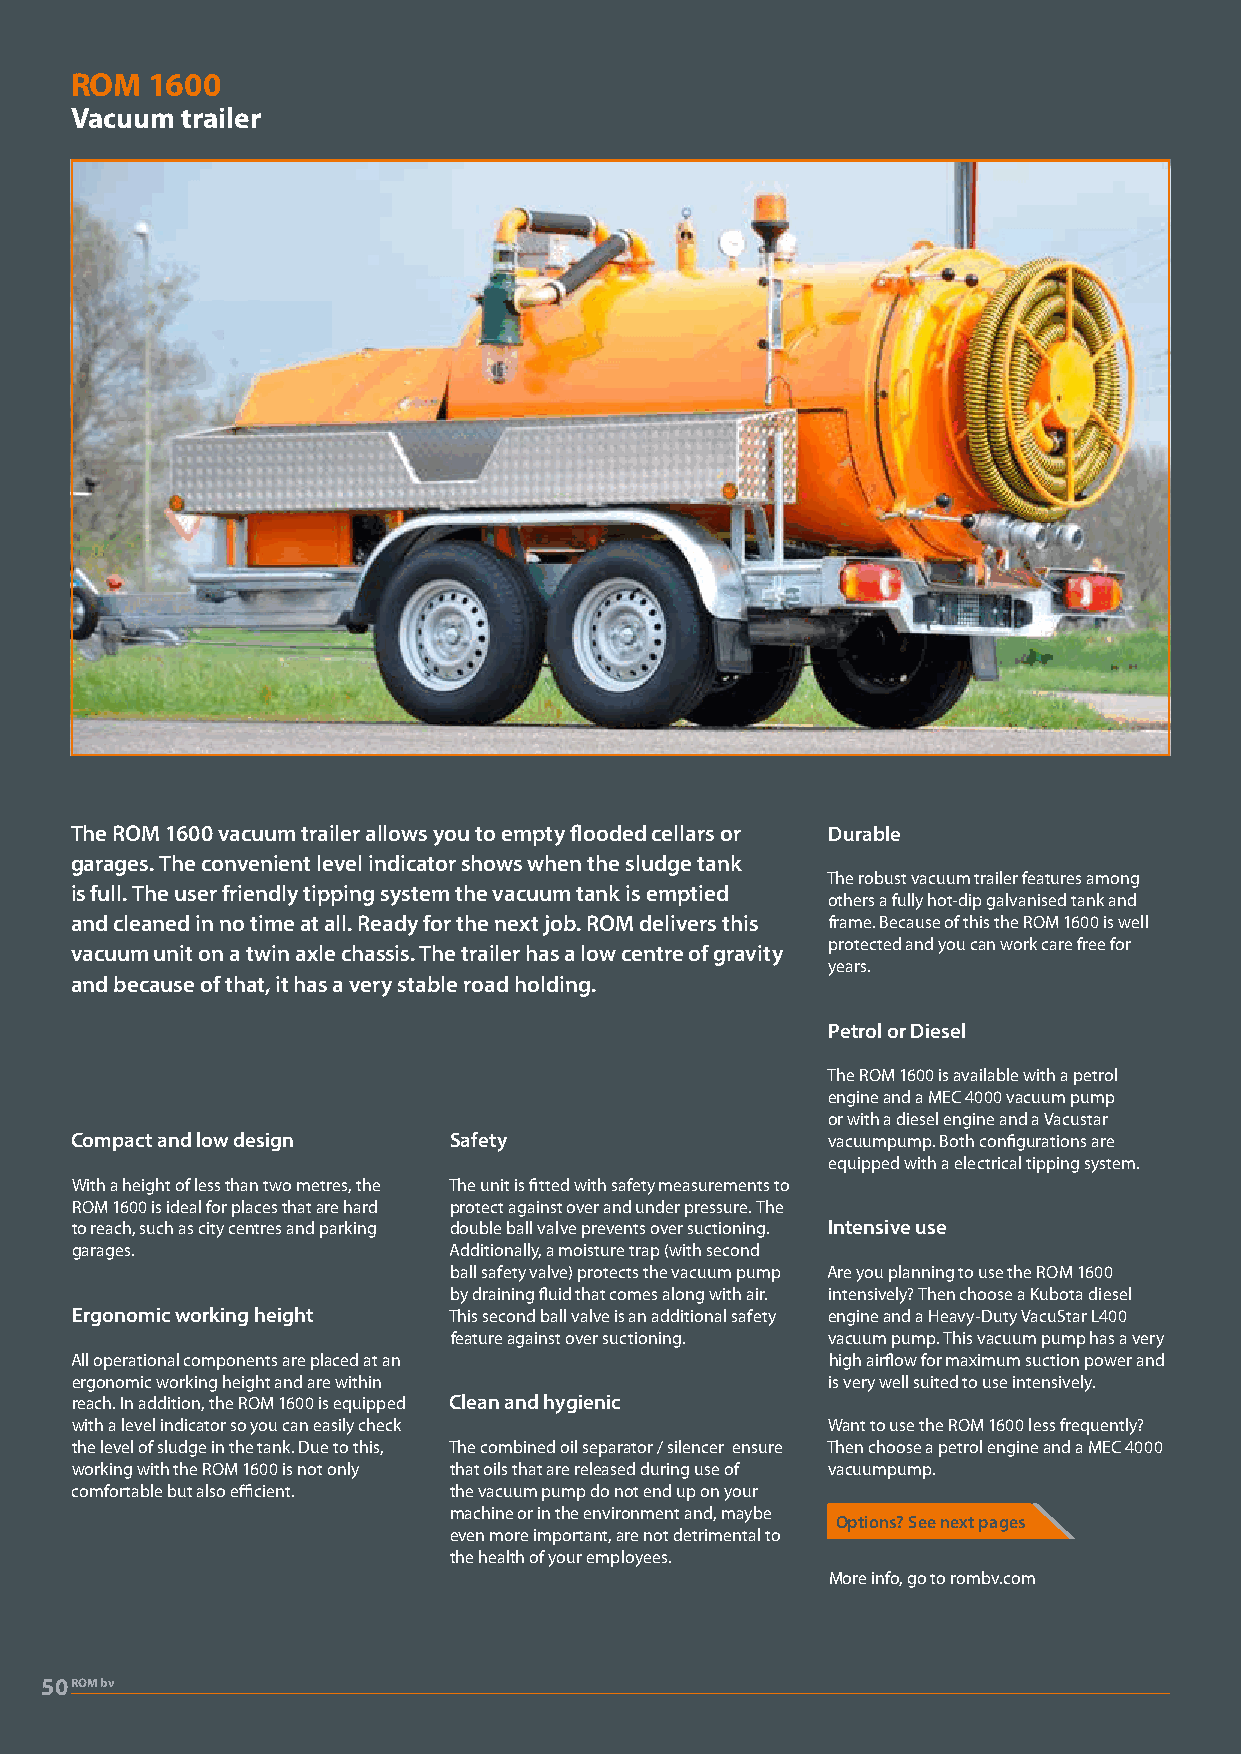
ROM  1600
 Vacuum trailer
 The ROM 1600 vacuum trailer allows you to empty flooded cellars or Durable
 garages. The convenient level indicator shows when the sludge tank
 The robust vacuum trailer features among
 is full. The user friendly tipping system the vacuum tank is emptied
 others a fully hot-dip galvanised tank and
 and cleaned in no time at all. Ready for the next job. ROM delivers this frame. Because of this the ROM 1600 is well
 protected and you can work care free for
 vacuum unit on a twin axle chassis. The trailer has a low centre of gravity
 years.
 and because of that, it has a very stable road holding.
 Petrol or Diesel
 The ROM 1600 is available with a petrol
 engine and a MEC 4000 vacuum pump
 or with a diesel engine and a Vacustar
 Compact and low design   Safety                   vacuumpump. Both configurations are
 equipped with a electrical tipping system.
 With a height of less than two metres, the The unit is fitted with safety measurements to
 ROM 1600 is ideal for places that are hard protect against over and under pressure. The
 to reach, such as city centres and parking double ball valve prevents over suctioning. Intensive use
 garages.                 Additionally, a moisture trap (with second
 ball safety valve) protects the vacuum pump Are you planning to use the ROM 1600
 by draining fluid that comes along with air. intensively? Then choose a Kubota diesel
 Ergonomic working height This second ball valve is an additional safety engine and a Heavy-Duty VacuStar L400
 feature against over suctioning. vacuum pump. This vacuum pump has a very
 All operational components are placed at an       high airflow for maximum suction power and
 ergonomic working height and are within           is very well suited to use intensively.
 reach. In addition, the ROM 1600 is equipped Clean and hygienic
 with a level indicator so you can easily check    Want to use the ROM 1600 less frequently?
 the level of sludge in the tank. Due to this, The combined oil separator / silencer ensure Then choose a petrol engine and a MEC 4000
 working with the ROM 1600 is not only that oils that are released during use of vacuumpump.
 comfortable but also efficient. the vacuum pump do not end up on your
 machine or in the environment and, maybe
 Options? See next pages
 even more important, are not detrimental to
 the health of your employees.
 More info, go to rombv.com
 50ROM bv